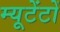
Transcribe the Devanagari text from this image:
म्यूटेंटों